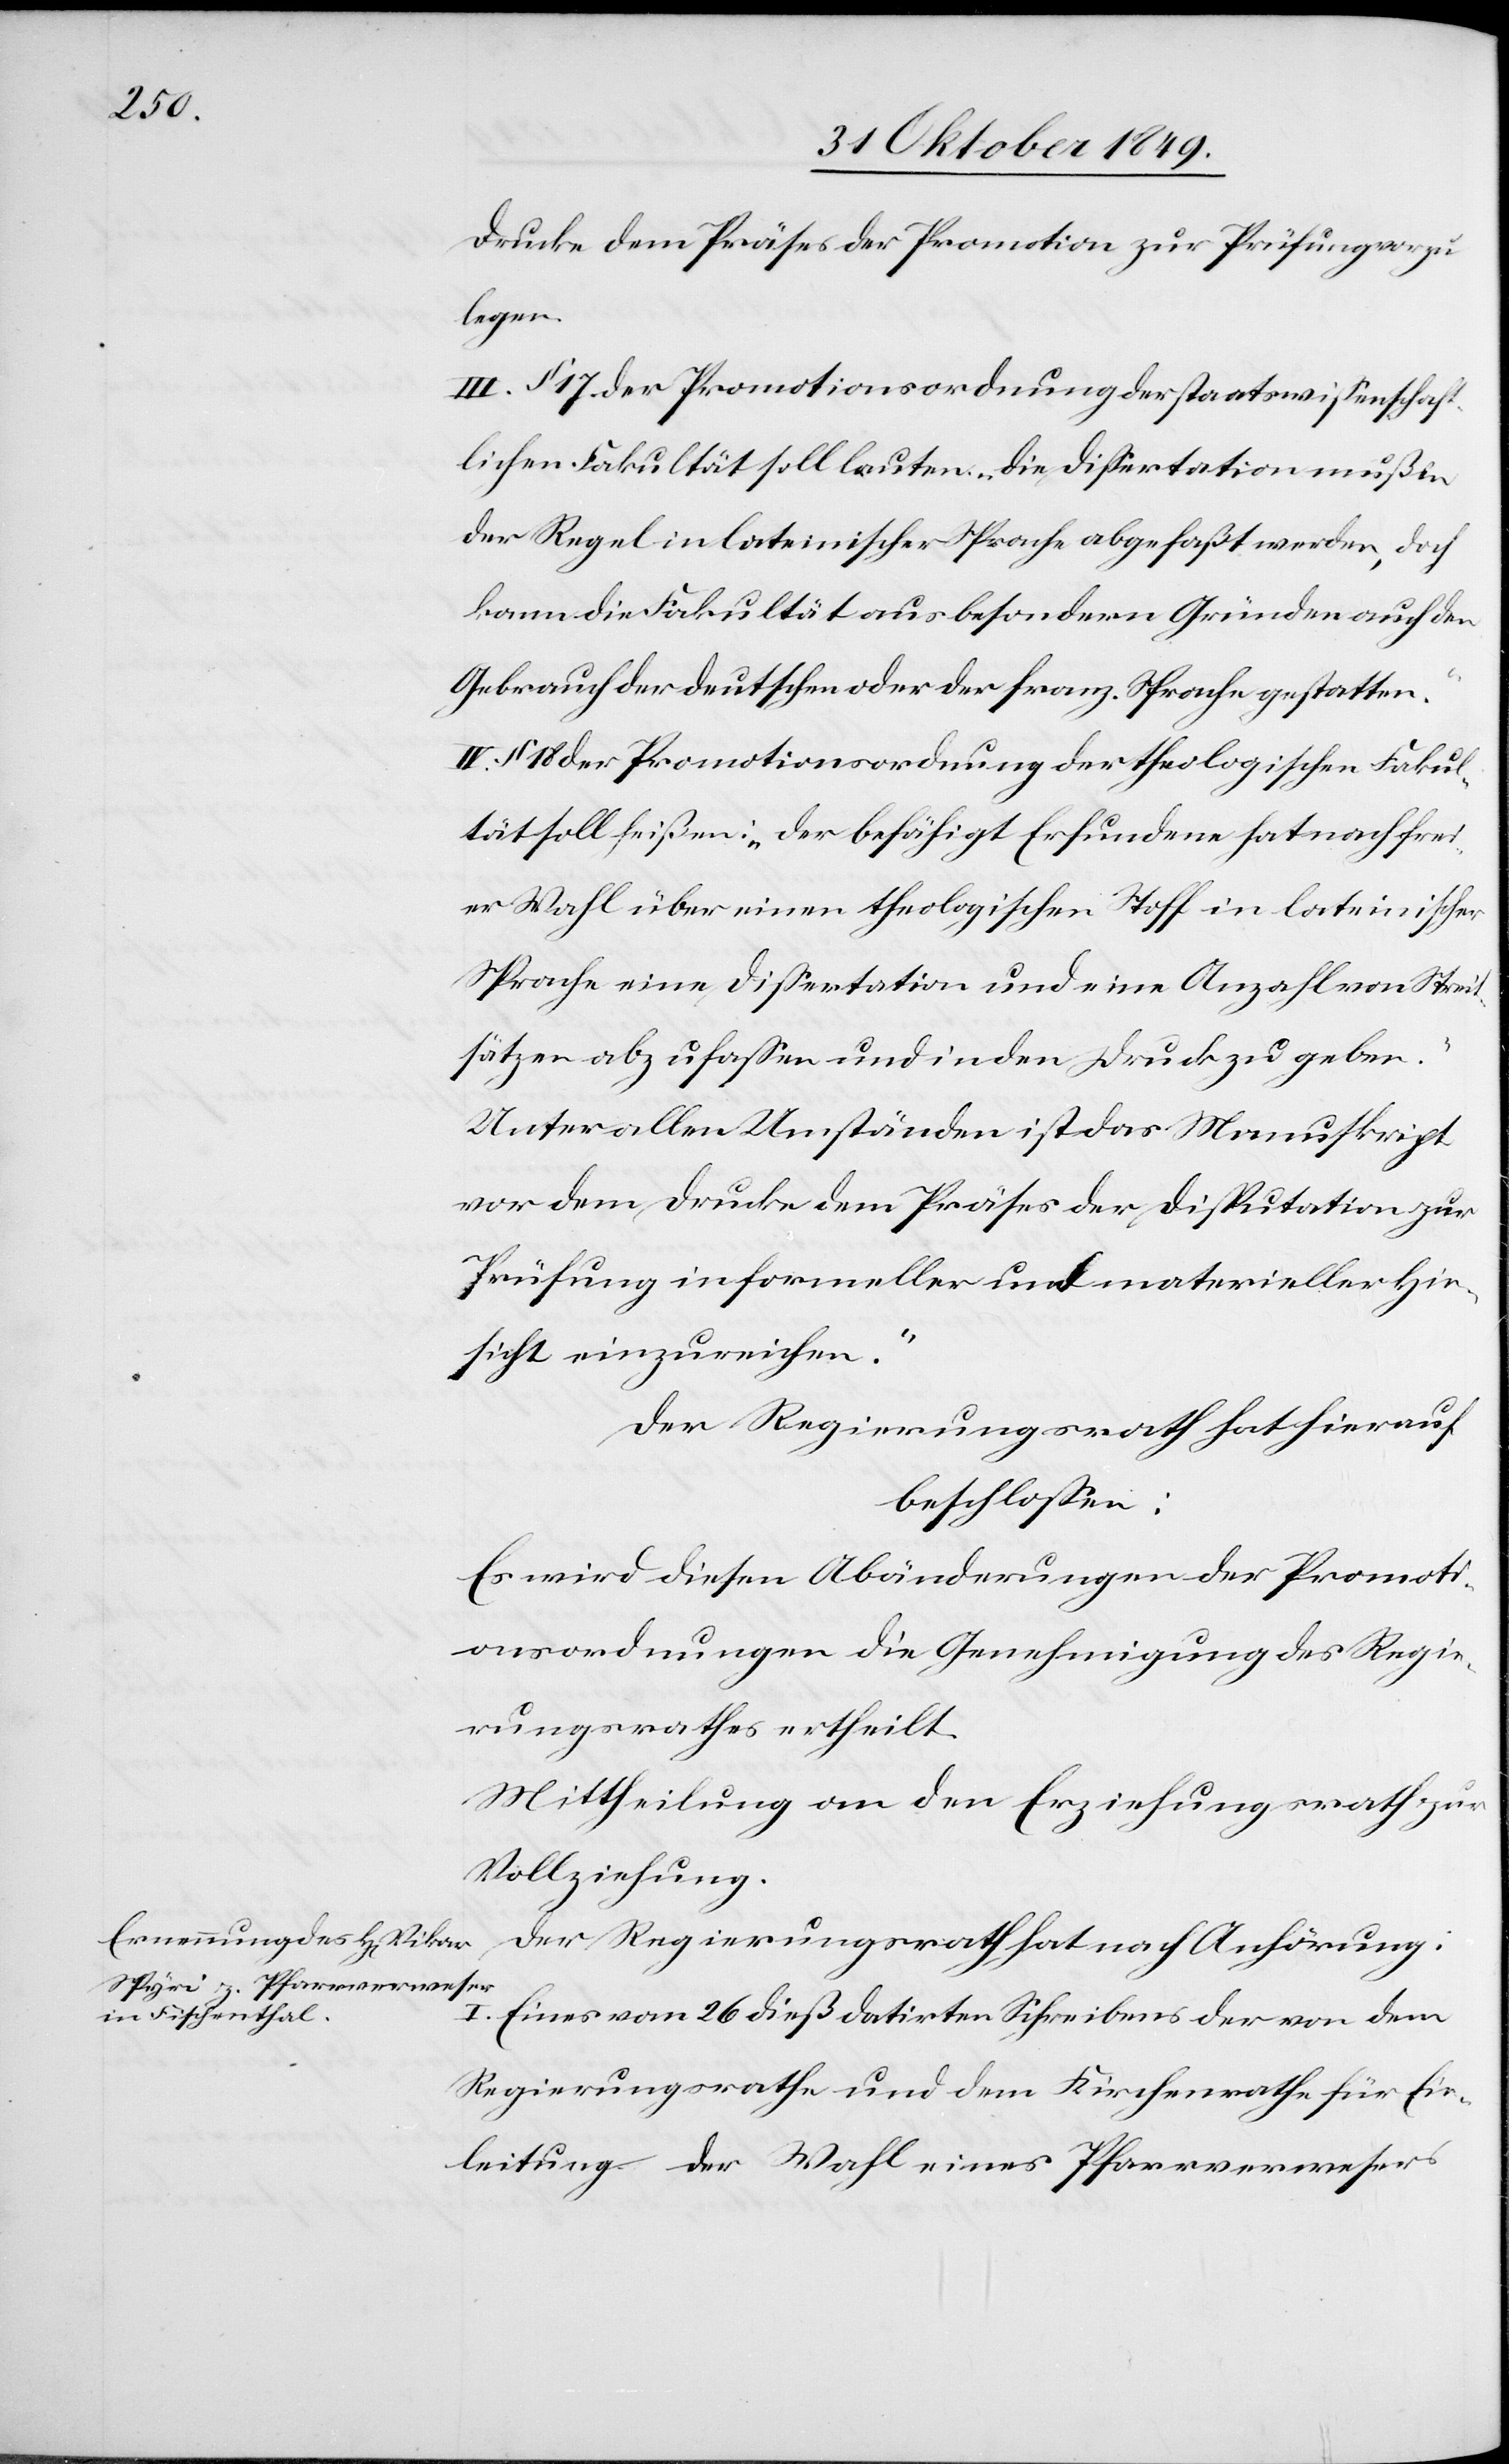
Drucke dem Präses der Promotion zur Prüfung vorzu¬
legen.
III. § 17 der Promotionsordnung der staatswißenschaft¬
lichen Fakultät soll lauten: „Die Dißertation muß in
der Regel in lateinischer Sprache abgefaßt werden, doch
kann die Fakultät aus besondern Gründen auch den
Gebrauch der deutschen oder der franz. Sprache gestatten.“
IV. § 18 der Promotionsordnung der theologischen Fakul¬
tät soll heißen: „Der befähigt Erfundene hat nach frei¬
er Wahl über einen theologischen Stoff in lateinischer
Sprache eine Dißertation und eine Anzahl von Streit¬
sätzen abzufaßen und in den Druck zu geben.“
Unter allen Umständen ist das Manuskript
vor dem Drucke dem Präses der Disputation zur
Prüfung informeller und materieller Hin¬
sicht einzureichen.“
Der Regierungsrath hat hierauf
beschloßen:
Es wird diesen Abänderungen der Promoti¬
onsordnungen die Genehmigung des Regie¬
rungsrathes ertheilt.
Mittheilung an den Erziehungsrath zur
Vollziehung.
Der Regierungsrath hat nach Anhörung:
I.
Eines vom 26 dieß datirten Schreibens der von dem
Regierungsrathe und dem Kirchenrathe für Ein¬
leitung der Wahl eines Pfarrverwesers